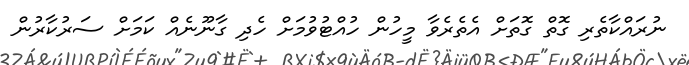
ނުރައްކާތެރި ގޮތް ގޮތަށް އެތެރެވާ މީހުން ހުއްޓުވުމަށް ހެދި ގާނޫނެއް ކަމަށް ސަރުކާރުން